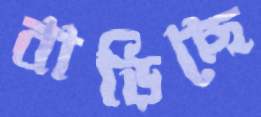
বাড়িছে